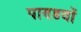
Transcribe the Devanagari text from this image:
पाण्डवाें